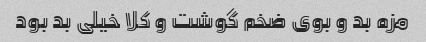
مزه بد و بوی ضخم گوشت و کلا خیلی بد بود